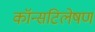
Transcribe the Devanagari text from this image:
कॉन्सटिलेषण